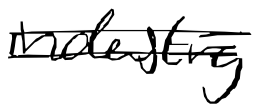
Text: industry
Cross-out: double-line
Writing tool: digital_black